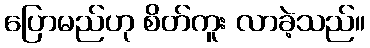
ပြောမည်ဟု စိတ်ကူး လာခဲ့သည်။